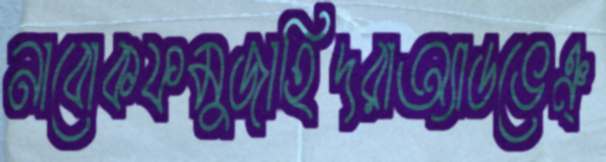
নাবোকফমুজাহিদরাঅ্যাডভেঞ্